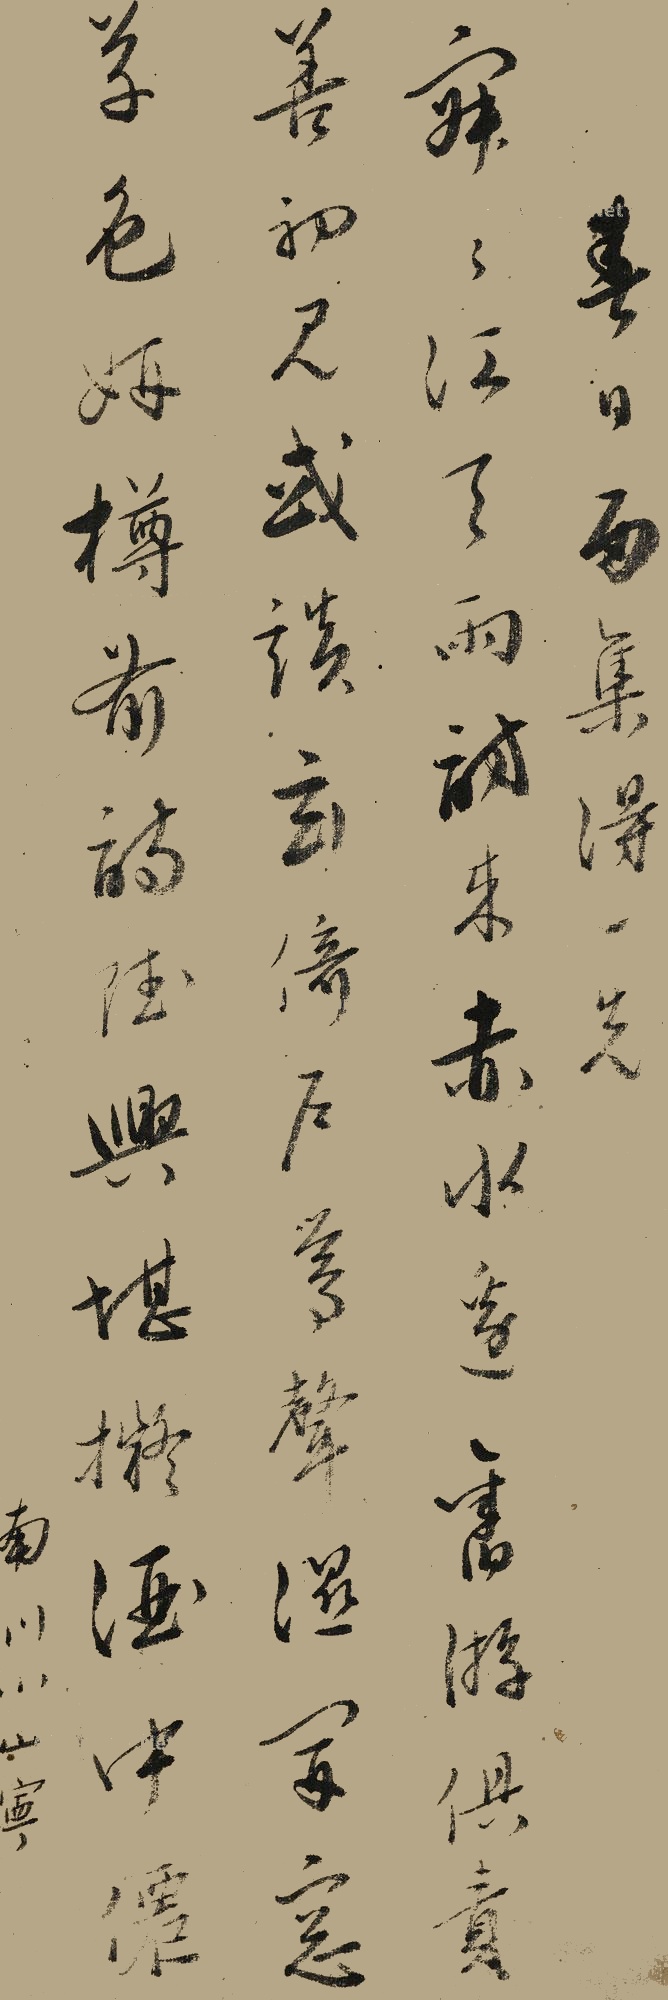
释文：春日西集得一先。寂寂江天雨，访来赤水边。旧游俱责善，初见或谈玄。倚石尝声湿，开窗草色妍。樽前诗酒兴，堪拟酒中仙南川小山宁。